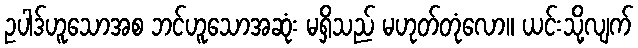
ဥပါဒ်ဟူသောအစ ဘင်ဟူသောအဆုံး မရှိသည် မဟုတ်တုံလော။ ယင်းသို့လျက်